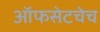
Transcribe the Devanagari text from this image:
ऑफसेटचेच